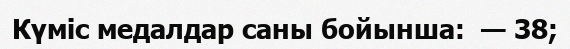
Күміс медалдар саны бойынша:  — 38;